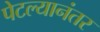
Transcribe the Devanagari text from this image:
पेटल्यानंतर